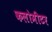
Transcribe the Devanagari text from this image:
कलोमीटर